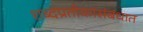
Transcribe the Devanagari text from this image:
शब्दप्रतीकांसंबंधात